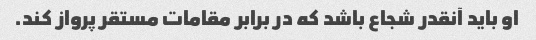
او باید آنقدر شجاع باشد که در برابر مقامات مستقر پرواز کند.